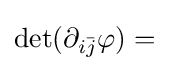
\displaystyle \det(\partial _{i{\bar {j}}}\varphi )=